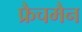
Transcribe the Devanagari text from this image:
फ्रैचमैन